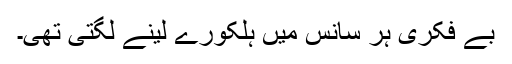
بے فکری ہر سانس میں ہلکورے لینے لگتی تھی۔